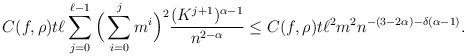
\begin{align*}C(f,\rho)t\ell \sum_{j=0}^{\ell-1} \Big(\sum_{i=0}^j m^i\Big)^2 \frac{(K^{j+1})^{\alpha-1}}{n^{2-\alpha}}\leq C(f,\rho) t\ell^2 m^2 n^{-(3-2\alpha) -\delta(\alpha-1)}.\end{align*}